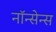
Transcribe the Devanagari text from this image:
नॉन्सेन्स